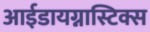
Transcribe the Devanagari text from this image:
आईडायग्नास्टिक्स